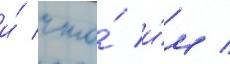
и́ что́ и́м /